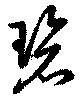
碧